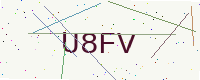
Text: U8FV